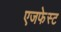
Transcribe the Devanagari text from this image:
एजफेस्ट